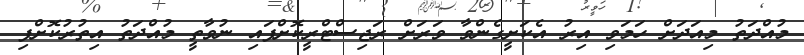
މުއްދަތު މިއަދަށް ހަމަވި އިރު އެކަށީގެންވާ ވަރަށް ރަޖިސްޓްރީކޮށްފައި ނުވާތީ މުއްދަތު އިތުރުކޮށްފި